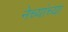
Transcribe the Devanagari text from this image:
नेच्यांच्या